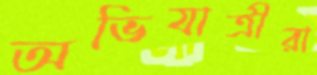
অভিযাত্রীরা